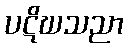
ပဋိဃသညာ